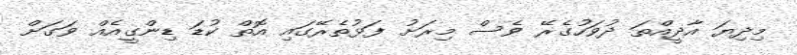
މިދިޔަ އާދީއްތަ ދުވަހުގެރޭ ވެސް މިރަށު ފަޅުތެރޭގައި އޮތް ކުޑަ ޑިންގީއެއް ވަގަށް